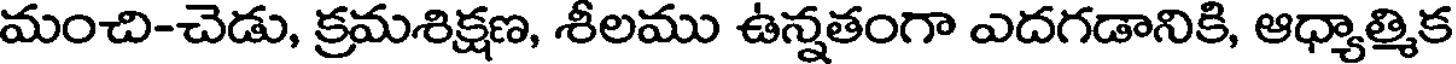
మంచి-చెడు, క్రమశిక్షణ, శీలము ఉన్నతంగా ఎదగడానికి, ఆధ్యాత్మిక